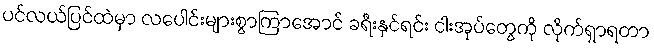
ပင်လယ်ပြင်ထဲမှာ လပေါင်းများစွာကြာအောင် ခရီးနှင်ရင်း ငါးအုပ်တွေကို လိုက်ရှာရတာ